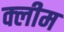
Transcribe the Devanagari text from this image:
क्लीम